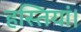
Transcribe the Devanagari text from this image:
हस्तियां।